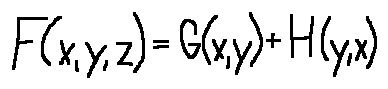
F ( x , y , z ) = G ( x , y ) + H ( y , x )